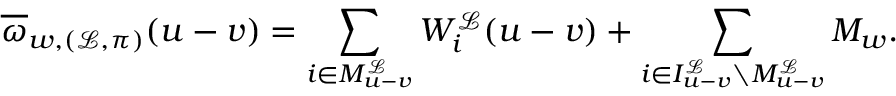
\overline { { \omega } } _ { w , ( \mathcal { L } , \pi ) } ( \boldsymbol { u } - \boldsymbol { v } ) = \sum _ { i \in M _ { \boldsymbol { u - v } } ^ { \mathcal { L } } } W _ { i } ^ { \mathcal { L } } ( \boldsymbol { u } - \boldsymbol { v } ) + \sum _ { i \in I _ { \boldsymbol { u - v } } ^ { \mathcal { L } } \setminus M _ { \boldsymbol { u - v } } ^ { \mathcal { L } } } M _ { w } .